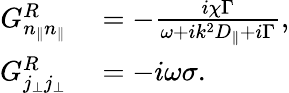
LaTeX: \begin{array}{rl}{G_{n_{\| }n_{\| }}^{R}}&{{}=-\frac{i\chi\Gamma}{\omega+ik^{2}D_{\| }+i\Gamma},}\\ {G_{j_{\perp}j_{\perp}}^{R}}&{{}=-i\omega\sigma.}\end{array}